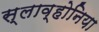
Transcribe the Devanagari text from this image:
स्लाव्होनिया